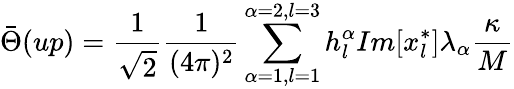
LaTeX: \bar{\Theta}(up)=\frac{1}{\sqrt{2}}\frac{1}{(4\pi)^{2}}\sum_{\alpha=1,l=1}^{\alpha=2,l=3}h_{l}^{\alpha}Im[x_{l}^{*}]\lambda_{\alpha}\frac{\kappa}{M}